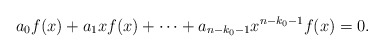
\begin{align*} a_0f(x)+a_1xf(x)+\cdots+a_{n-k_0-1}x^{n-k_0-1}f(x)=0.\end{align*}